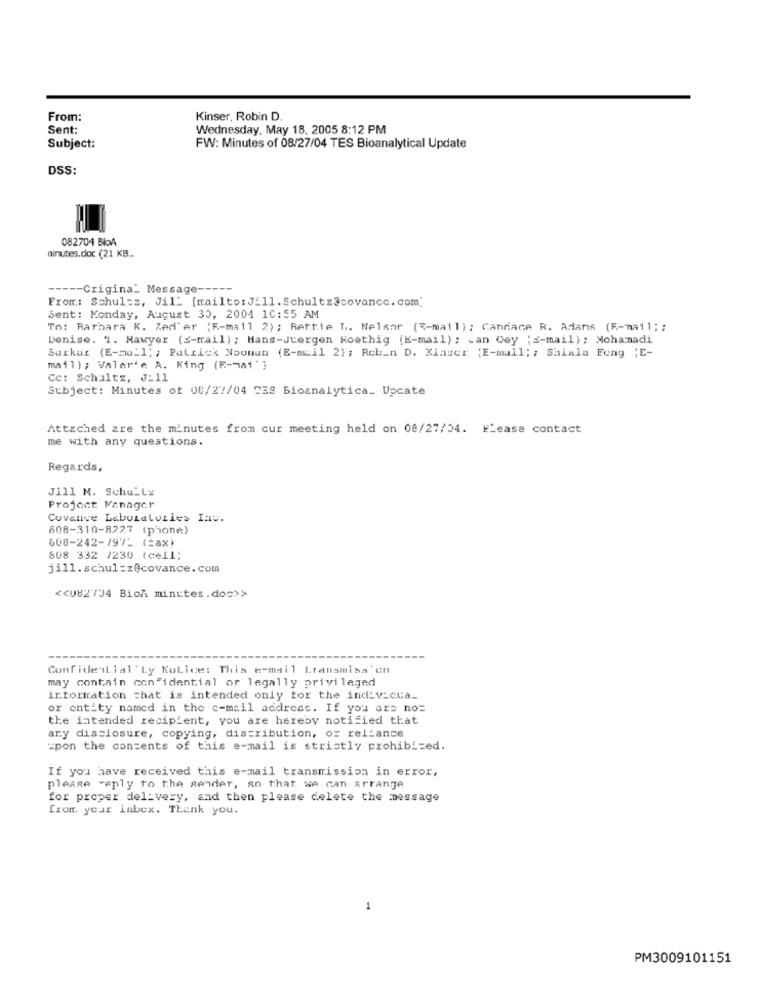
From:
Kinser, Robin D
Sent:
Wednesday, May 18. 2005 8:12 PM
Subject:
FW: Minutes of 08/27/04 TES Bioanalytical Update
DSS:
082704 BioA
minutes.doc (21 KB ..
----- Crigina_ Message -----
From: Schultz, Jil_ [mailto:Jill. Schultz@covance. com]
Sent: Monday, August 30, 2001 10:55 AM
To: Barbara K. Zed'er {F-mail 2); Rettie T .. Nelanr (%-mail); Candace R. Adans (F-mail ;;
Denise. 1. Mawyer (E-mail) ; Hans-Juergen Hoethig (E-mail); can Cey (z-mail); Mohamadi
Sarkaz (E-mail; ; Patrick Noonun (E-mail 2) ; Reb_n D. Xinzer (E-mail; ; Shixia Feng (E-
mail); Valer'e A. King (R-mai"}
Cc: Schultz, J_11
Subject: Minutes of 08/27/04 238 Bioanalytica_ Upcate
Attached are the minutes from cur meeting held on 08/27/04. FLease contact
me with any questions.
Regards,
Jill M. Schu_Lz
Project Manager
Covance Labutaluzies Inc.
608-310-8227 (phone)
608-242-1971 (=ax)
608 332 /230 (cell;
jill.schul=z@covance.com
<< 082734 Bioni minutes .dos>>
Confidential ' Ly KoLice: This e-mail Ltansmiss'en
may contain confidential or legally privileged
information That is intended only for the inc_v_cua_
or entity named in the c-mail address. If you are no=
the intended recipient, you are hereby notified that
any disclosure, copying, distribution, or reliance
upon the contents of this e-mail is strictly prohibited.
If you have received this e-mail transmission in error,
please veply to the sender, so that. we can arrange
for proper delivery, and then please delete the message
from year lubex. Thank you.
1
PM3009101151